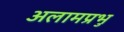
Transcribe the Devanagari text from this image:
अलामप्रभु